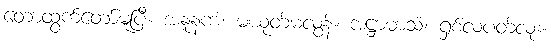
တောထွက်တော်မူပြီ။ အနူနကံ၊ မယုတ်မလွန်။ အဋ္ဌာမာသံ၊ ရှစ်လပတ်လုံး။